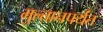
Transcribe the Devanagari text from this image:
मुल्तानपर्यंत